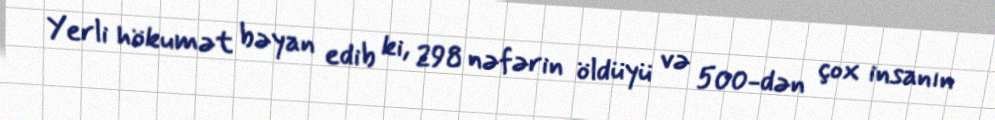
Yerli hökumət bəyan edib ki, 298 nəfərin öldüyü və 500-dən çox insanın